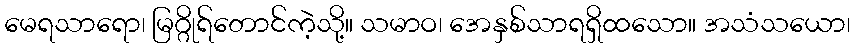
မေရသာရော၊ မြဂ္ဂိုရ်တောင်ကဲ့သို့။ သမာဝ၊ အေနှစ်သာရရှိထသော။ အသံသယော၊